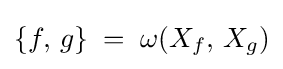
\{f,\,g\}\;=\;\omega (X_{f},\,X_{g})